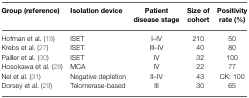
<table><thead><tr><td><b>Group (reference)</b></td><td><b>Isolation device</b></td><td><b>Patient disease stage</b></td><td><b>Size of cohort</b></td><td><b>Positivity rate (%)</b></td></tr></thead><tbody><tr><td>Hofman et al. (19)</td><td>ISET</td><td>I–IV</td><td>210</td><td>50</td></tr><tr><td>Krebs et al. (27)</td><td>ISET</td><td>III–IV</td><td>40</td><td>80</td></tr><tr><td>Pailler et al. (30)</td><td>ISET</td><td>IV</td><td>32</td><td>100</td></tr><tr><td>Hosokawa et al. (28)</td><td>MCA</td><td>IV</td><td>22</td><td>77</td></tr><tr><td>Nel et al. (31)</td><td>Negative depletion</td><td>II–IV</td><td>43</td><td>CK: 100</td></tr><tr><td>Dorsey et al. (29)</td><td>Telomerase-based</td><td>III</td><td>30</td><td>65</td></tr></tbody></table>